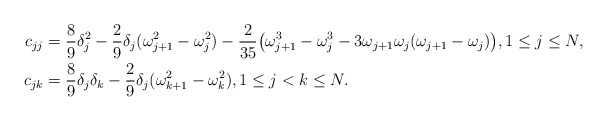
\begin{align*} c_{jj} &= \frac 89 \delta_j^2 - \frac 29 \delta_j (\omega_{j+1}^2 - \omega_j^2) - \frac 2 {35} \big(\omega_{j+1}^3 - \omega_j^3 - 3\omega_{j+1}\omega_j(\omega_{j+1} - \omega_j)\big), 1\le j\le N, \\c_{jk} &= \frac 89 \delta_j \delta_k - \frac 29 \delta_j (\omega_{k+1}^2 - \omega_k^2), 1\le j<k\le N.\end{align*}